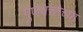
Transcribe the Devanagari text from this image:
गुणवत्त्तेच्या